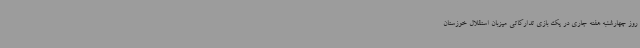
روز چهارشنبه هفته جاری در یک بازی تدارکاتی میزبان استقلال خوزستان